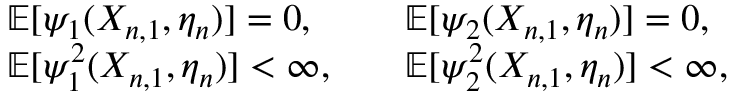
\begin{array} { r l r l } & { \mathbb { E } [ \psi _ { 1 } ( X _ { n , 1 } , \eta _ { n } ) ] = 0 , } & & { \mathbb { E } [ \psi _ { 2 } ( X _ { n , 1 } , \eta _ { n } ) ] = 0 , } \\ & { \mathbb { E } [ \psi _ { 1 } ^ { 2 } ( X _ { n , 1 } , \eta _ { n } ) ] < \infty , } & & { \mathbb { E } [ \psi _ { 2 } ^ { 2 } ( X _ { n , 1 } , \eta _ { n } ) ] < \infty , } \end{array}